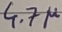
Text: 4.7µ